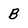
Character: B